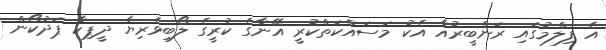
އެ ފިލްމުގައި ރަންބީރުއާ އެކު މަސައްކަތްކުރީ އޭނާގެ ކުރީގެ ލޯބިވެރިޔާ ދީޕިކާ ޕަދުކޯން